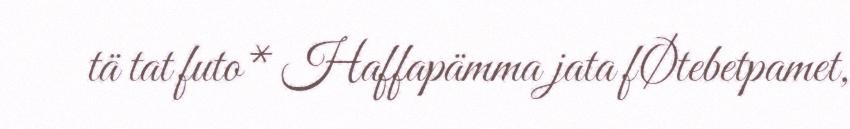
tä tat futo* Haffapämma jata fØtebetpamet,